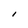
Character: I